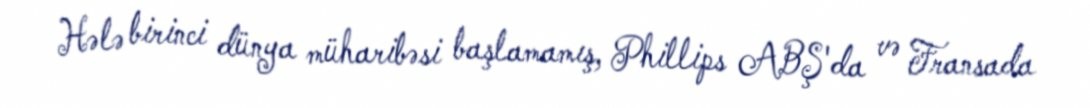
Hələ birinci dünya müharibəsi başlamamış, Phillips ABŞ'da və Fransada